Leaving Certificate Examination, 1922
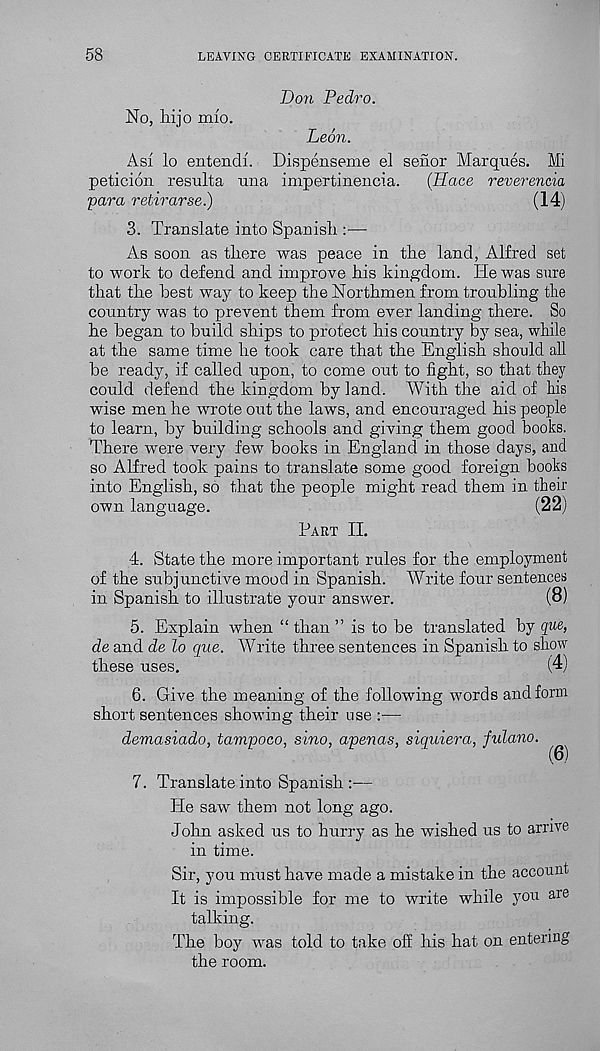
58
LEAVING CERTIFICATE EXAMINATION.
Don Pedro.
No, hi jo mio.
Leon.
Asi lo entendf. Dispenseme el sehor Marques. Mi
peticion resulta nna impertinencia.
(TLace reverencia
para retirarse.)
(14)
3. Translate into Spanish :—
As soon as there was peace in the land, Alfred set
to work to defend and improve his kingdom. He was sure
that the best way to keep the Northmen from troubling the
country was to prevent them from ever landing there. So
he began to build ships to protect his country by sea, while
at the same time he took care that the English should all
be ready, if called upon, to come out to fight, so that they
could defend the kingdom by land. With the aid of his
wise men he wrote out the laws, and encouraged his people
to learn, by building schools and giving them good books.
There were very few books in England in those days, and
so Alfred took pains to translate some good foreign books
into English, so that the people might read them in their
own language.
(22)
Part II.
4. State the more important rules for the employment
of the subjunctive mood in Spanish. Write four sentences
in Spanish to illustrate your answer.
(8)
5. Explain when “ than ” is to be translated by que,
de and de lo que. Write three sentences in Spanish to show
these uses.
(4)
6. Give the meaning of the following words and form
short sentences showing their use :—
demasiado, tampoco, sino, apenas, siquiera, fulano.
(6)
7. Translate into Spanish:—
He saw them not long ago.
John asked us to hurry as he wished us to arrive
in time.
Sir, you must have made a mistake in the account
It is impossible for me to write while you are
talking.
The boy was told to take off his hat on entering
the room.